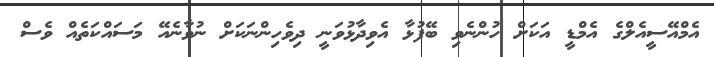
އެމްއޭސީއެލްގެ އެމްޑީ އަކަށް ހުންނެވި ބޭފުޅާ އެވިދާޅުވަނީ ދިވެހިންނަކަށް ނުވާނެއޭ މަސައްކަތެއް ވެސް